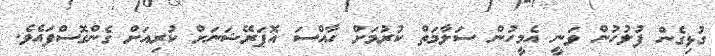
ގުޅިގެން ފުލުހުން ވަނީ އެމީހުން ސަލާމަތް ކުރުމަށް ހާއްސަ އޮޕަރޭޝަނަށް ކުރިއަށް ގެންގޮސްފައެވެ.